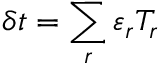
\delta t = \sum _ { r } \varepsilon _ { r } T _ { r }